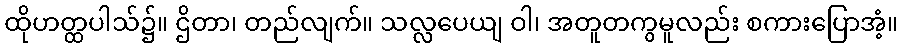
ထိုဟတ္ထပါသ်၌။ ဌိတာ၊ တည်လျက်။ သလ္လပေယျ ဝါ၊ အတူတကွမူလည်း စကားပြောအံ့။